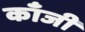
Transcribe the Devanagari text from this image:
काँजी